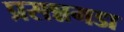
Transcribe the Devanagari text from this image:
प्रसन्नगडा